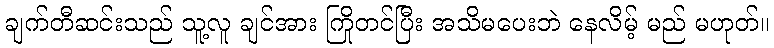
ချက်တီဆင်းသည် သူ့လူ ချင်အား ကြိုတင်ပြီး အသိမပေးဘဲ နေလိမ့် မည် မဟုတ်။